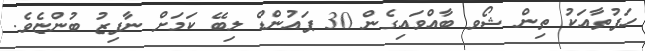
ހަފުތާއަކު ތިން ޝޯވ ބާއްވައިގެން 30 ޕައުންޑް ލިބޭ ކަމަށް ނާފިޒު ބުންޏެވެ.